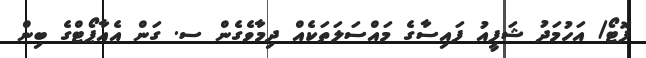
ފޮޓޯ/ އަހުމަދު ޝަފީއު ފައިސާގެ މައްސަލަތަކެއް ދިމާވެގެން ސ. ގަން އެއާޕޯޓްގެ ބިން